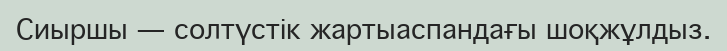
Сиыршы — солтүстік жартыаспандағы шоқжұлдыз.